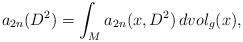
LaTeX: \begin{align*} a_{2n}(D^2) = \int_M a_{2n}(x, D^2) \, dvol_g(x),\end{align*}